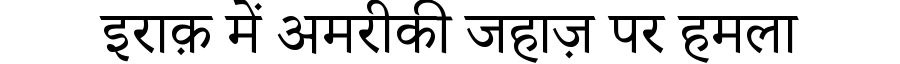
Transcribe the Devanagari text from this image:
इराक़ में अमरीकी जहाज़ पर हमला